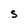
Character: S